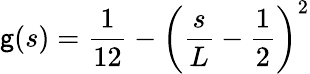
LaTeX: \mathsf{g}(s)=\frac{{1}}{{12}}-\left(\frac{{s}}{{L}}-\frac{{1}}{{2}}\right)^{2}